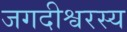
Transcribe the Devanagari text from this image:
जगदीश्वरस्य